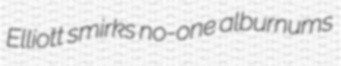
Elliott smirks no-one alburnums